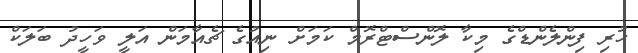
ހުރި ފިންލެންޑްގެ މިކާ ލޮންސްޓްރޮމް ކަމަށް ނިއުގެ ޗެއާމަން އަލީ ވަހީދު ބަލަކް